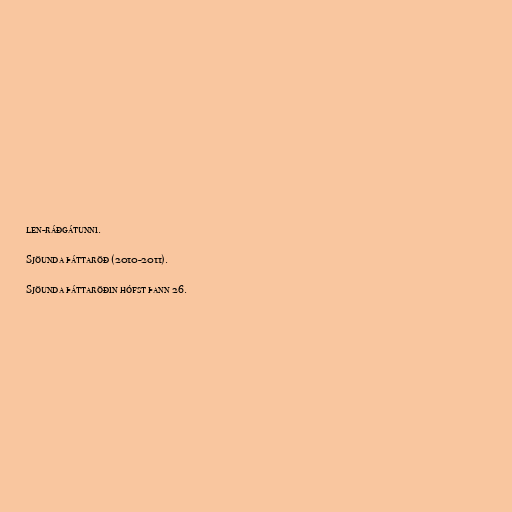
len-ráðgátunni.

Sjöunda þáttaröð (2010-2011).

Sjöunda þáttaröðin hófst þann 26.